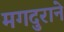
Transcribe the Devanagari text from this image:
मगदुराने